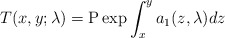
\begin{align*}T(x,y; \lambda) = {\rm P} \exp \int_{x}^{y} a_1(z, \lambda) dz\end{align*}